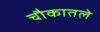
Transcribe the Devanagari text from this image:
चौकातले